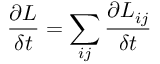
\frac { \partial L } { \delta t } = \sum _ { i j } \frac { \partial L _ { i j } } { \delta t }